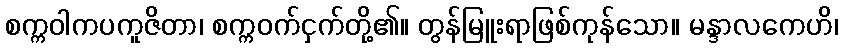
စက္ကဝါကပကူဇိတာ၊ စက္ကဝက်ငှက်တို့၏။ တွန်မြူးရာဖြစ်ကုန်သော။ မန္ဒာလကေဟိ၊